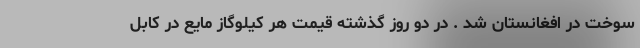
سوخت در افغانستان شد . در دو روز گذشته قیمت هر کیلوگاز مایع در کابل